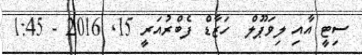
ސިޓީ އާއި ލިވަޕޫލް  ހަޒާޑް ފެބްރުއަރީ 15